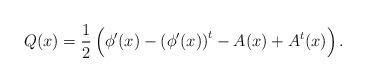
LaTeX: \begin{align*}Q(x) = \frac{1}{2}\left(\phi ^\prime (x) - \left(\phi ^\prime (x)\right)^t - A(x) + A^t(x)\right).\end{align*}